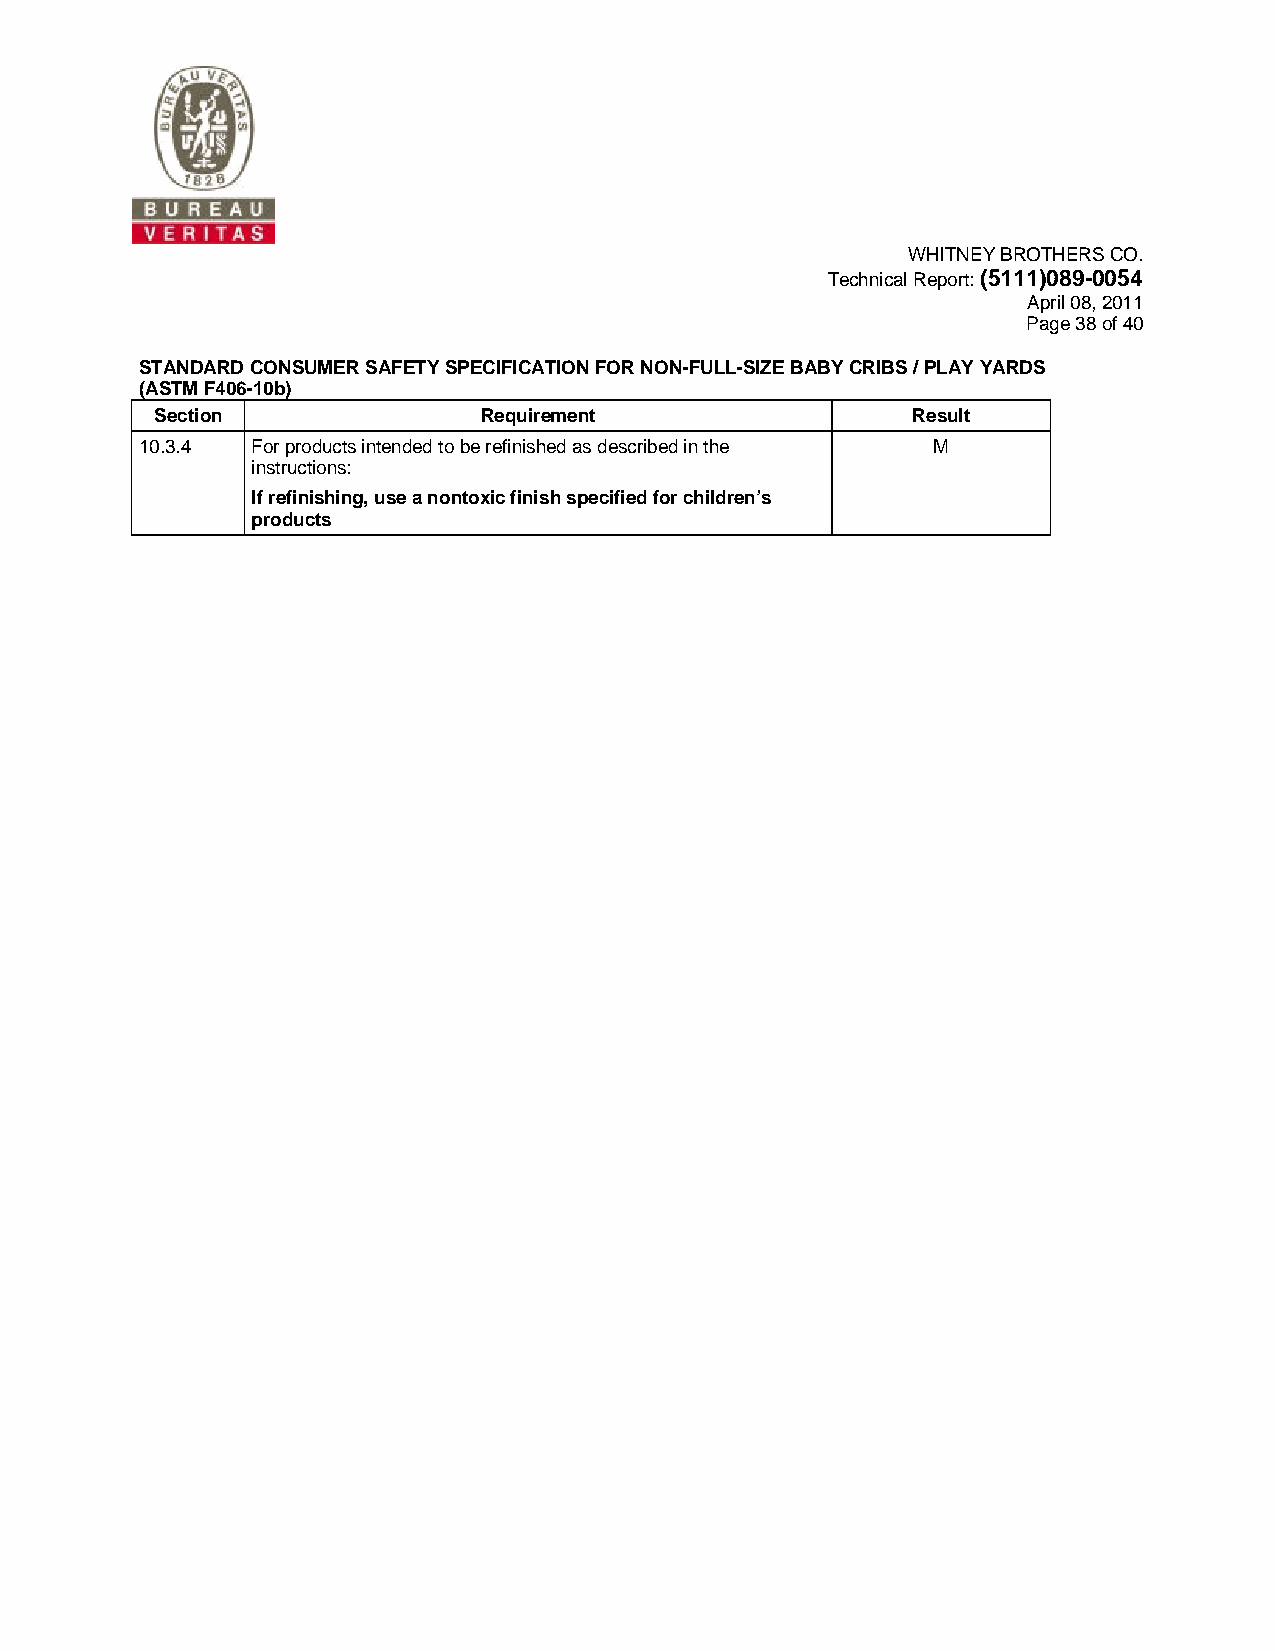
WHITNEY BROTHERS CO.
 Technical Report: (5111)089-0054
 April 08, 2011
 Page 38 of 40
 STANDARD CONSUMER SAFETY SPECIFICATION FOR NON-FULL-SIZE BABY CRIBS / PLAY YARDS
 (ASTM F406-10b)
 Section               Requirement                 Result
 10.3.4  For products intended to be refinished as described in the M
 instructions:
 If refinishing, use a nontoxic finish specified for children’s
 products